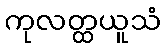
ကုလတ္ထယူသံ